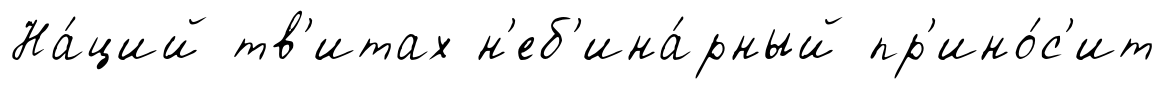
На́ций тв'итах н'еб'ина́рный пр'ино́с'ит